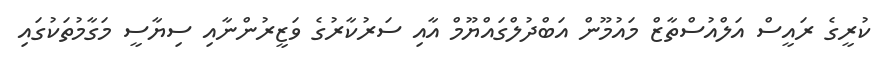
ކުރީގެ ރައީސް އަލްއުސްތާޒް މައުމޫން އަބްދުލްގައްޔޫމް އާއި ސަރުކާރުގެ ވަޒީރުންނާއި ސިޔާސީ މަގާމުތަކުގައި